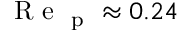
\mathrm { ~ R ~ e ~ } _ { \mathrm { ~ p ~ } } \approx 0 . 2 4